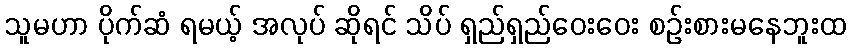
သူမဟာ ပိုက်ဆံ ရမယ့် အလုပ် ဆိုရင် သိပ် ရှည်ရှည်ဝေးဝေး စဉ်းစားမနေဘူးထ